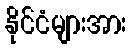
နိုင်ငံများအား